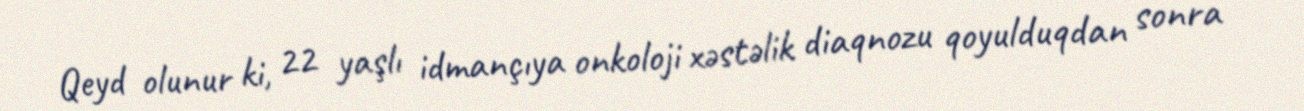
Qeyd olunur ki, 22 yaşlı idmançıya onkoloji xəstəlik diaqnozu qoyulduqdan sonra